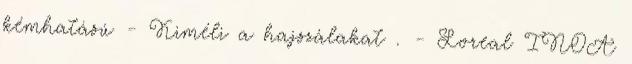
kémhatású - Kiméli a hajszálakat . - Loreal INOA